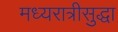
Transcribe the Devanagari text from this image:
मध्यरात्रीसुद्धा